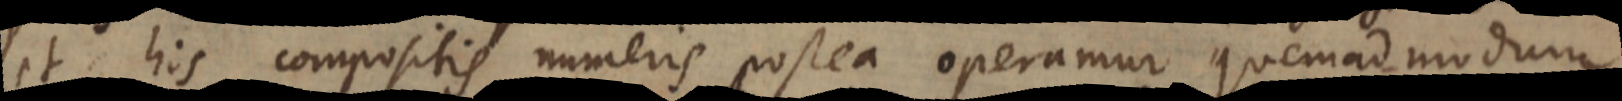
et his compositis numeris postea operamur quemadmodum